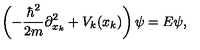
\left( - { \frac { \hbar ^ { 2 } } { 2 m } } \partial _ { x _ { k } } ^ { 2 } + V _ { k } ( x _ { k } ) \right) \psi = E \psi ,